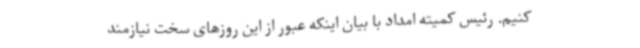
کنیم. رئیس کمیته امداد با بیان اینکه عبور از این روزهای سخت نیازمند